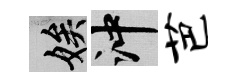
娭冲芭